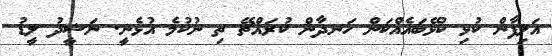
އަލިފާން ކުޅި ކުޅޭބައެއްކަން ހަނދާން ކުރައްޗޭ ތި ނުކުމެ އުޅެނީ. ނަޝީދު ލީޑު